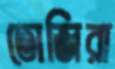
তোজিরা